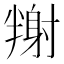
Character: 𡭉